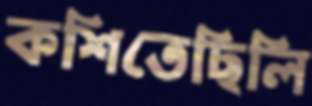
কশিতেছিলি